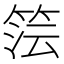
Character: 𮅔